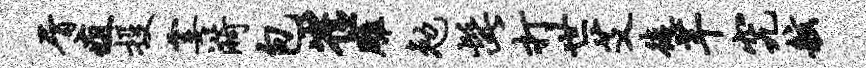
屑疽投霎漪包崔雕勉髭打世艾徒芊究舷